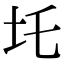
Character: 圫